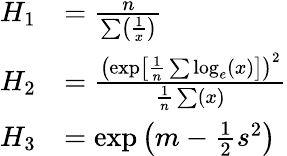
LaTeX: {\begin{array}{rl}{H_{1}}&{={\frac{n}{\sum\left({\frac{1}{x}}\right)}}}\\ {H_{2}}&{={\frac{\left(\exp\left[{\frac{1}{n}}\sum\log_{e}(x)\right]\right)^{2}}{{\frac{1}{n}}\sum(x)}}}\\ {H_{3}}&{=\exp\left(m-{\frac{1}{2}}s^{2}\right)}\end{array}}